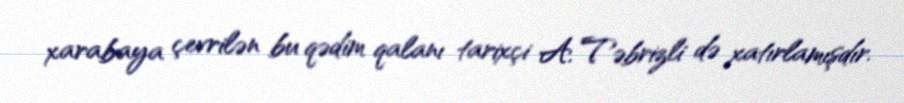
xarabaya çevrilən bu qədim qalanı tarixçi A. Təbrizli də xatırlamışdır.